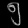
Digit: ၅